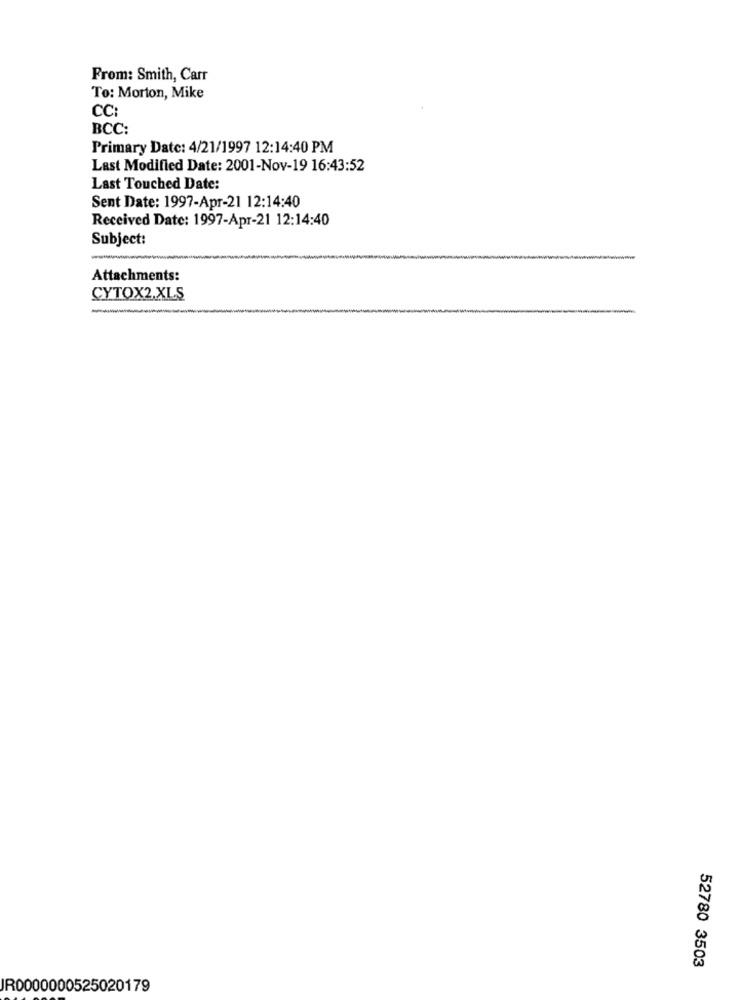
From: Smith, Carr
To: Morton, Mike
CC:
BCC:
Primary Date: 4/21/1997 12:14:40 PM
Last Modified Date: 2001-Nov-19 16:43:52
Last Touched Date:
Sent Date: 1997-Apr-21 12:14:40
Received Date: 1997-Apr-21 12:14:40
Subject:
Attachments:
CYTOX2.XLS
--
52780 3503
JR0000000525020179